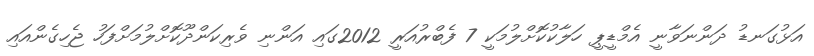
އަޅުގަނޑު ދަންނަވާނީ އެމްޑީޕީ ހަލާކުކޮށްލުމަކީ 7 ފެބްރުއަރީ 2012ގައި އަންނި ވެރިކަންދޫކޮށްލުމަށްފަހު ޖެހިގެންއަައި